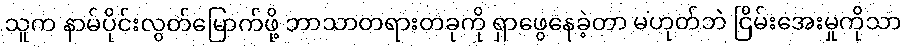
သူက နာမ်ပိုင်းလွတ်မြောက်ဖို့ ဘာသာတရားတခုကို ရှာဖွေနေခဲ့တာ မဟုတ်ဘဲ ငြိမ်းအေးမှုကိုသာ